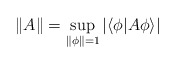
\begin{align*} \left\|A\right\|=\sup_{\left\|\phi\right\|=1}\left|\left\langle \phi|A\phi \right\rangle\right| \end{align*}